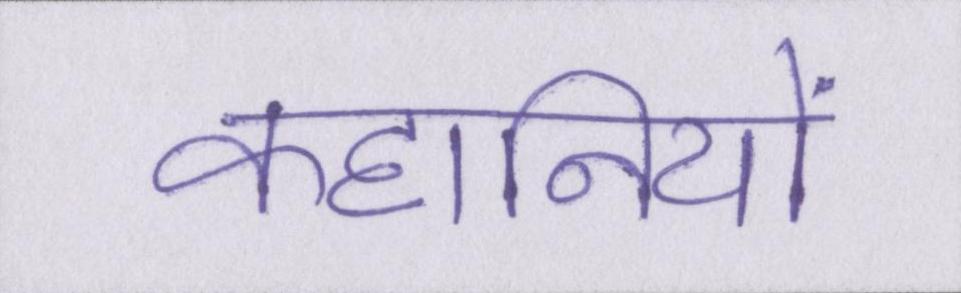
कहानियों